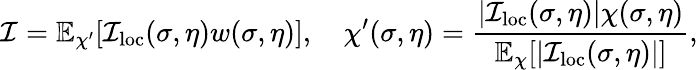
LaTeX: \mathcal{I}=\mathbb{E}_{\chi^{\prime}}[\mathcal{I}_{\mathrm{loc}}(\sigma,\eta)w(\sigma,\eta)],\quad\chi^{\prime}(\sigma,\eta)=\frac{|\mathcal{I}_{\mathrm{loc}}(\sigma,\eta)|\chi(\sigma,\eta)}{\mathbb{E}_{\chi}[|\mathcal{I}_{\mathrm{loc}}(\sigma,\eta)|]},